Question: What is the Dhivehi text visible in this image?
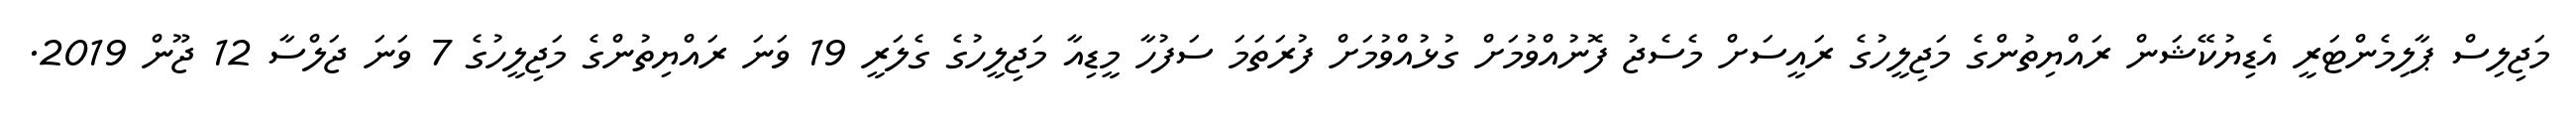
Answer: މަޖިލިސް ޕާލިމެންޓަރީ އެޑިޔުކޭޝަން ރައްޔިތުންގެ މަޖިލީހުގެ ރައީސަށް މެސެޖު ފޮނުއްވުމަށް ގުޅުއްވުމަށް ފުރަތަމަ ސަފުހާ މީޑިއާ މަޖިލީހުގެ ގެލަރީ 19 ވަނަ ރައްޔިތުންގެ މަޖިލީހުގެ 7 ވަނަ ޖަލްސާ 12 ޖޫން 2019.